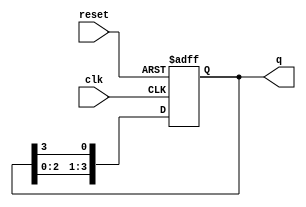
module bistable_ring_counter (
    input wire clk,       // Clock input
    input wire reset,     // Active-high reset input
    output reg [N-1:0] q // Output state of the counter
);
    parameter N = 4; // Number of flip-flops in the ring counter
    
    always @(posedge clk or posedge reset) begin
        if (reset) begin
            // Initialize the counter; set first flip-flop high, others low
            q <= 1'b1 << (N-1); // Start with the last flip-flop set to '1'
        end else begin
            // Shift the bits: the output of the last flip-flop goes to the first
            q <= {q[N-2:0], q[N-1]}; // Circular shift
        end
    end
endmodule